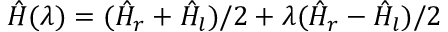
\hat { H } ( \lambda ) = ( \hat { H } _ { r } + \hat { H } _ { l } ) / 2 + \lambda ( \hat { H } _ { r } - \hat { H } _ { l } ) / 2